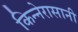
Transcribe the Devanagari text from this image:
किन्नेरासानी